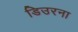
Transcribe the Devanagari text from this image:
डिउरना